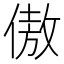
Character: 傲